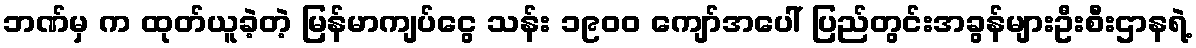
ဘဏ်မှ က ထုတ်ယူခဲ့တဲ့ မြန်မာကျပ်ငွေ သန်း ၁၉၀၀ ကျော်အပေါ် ပြည်တွင်းအခွန်များဦးစီးဌာနရဲ့